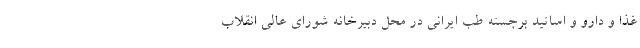
غذا و دارو و اساتید برجسته طب ایرانی در محل دبیرخانه شوراى عالى انقلاب